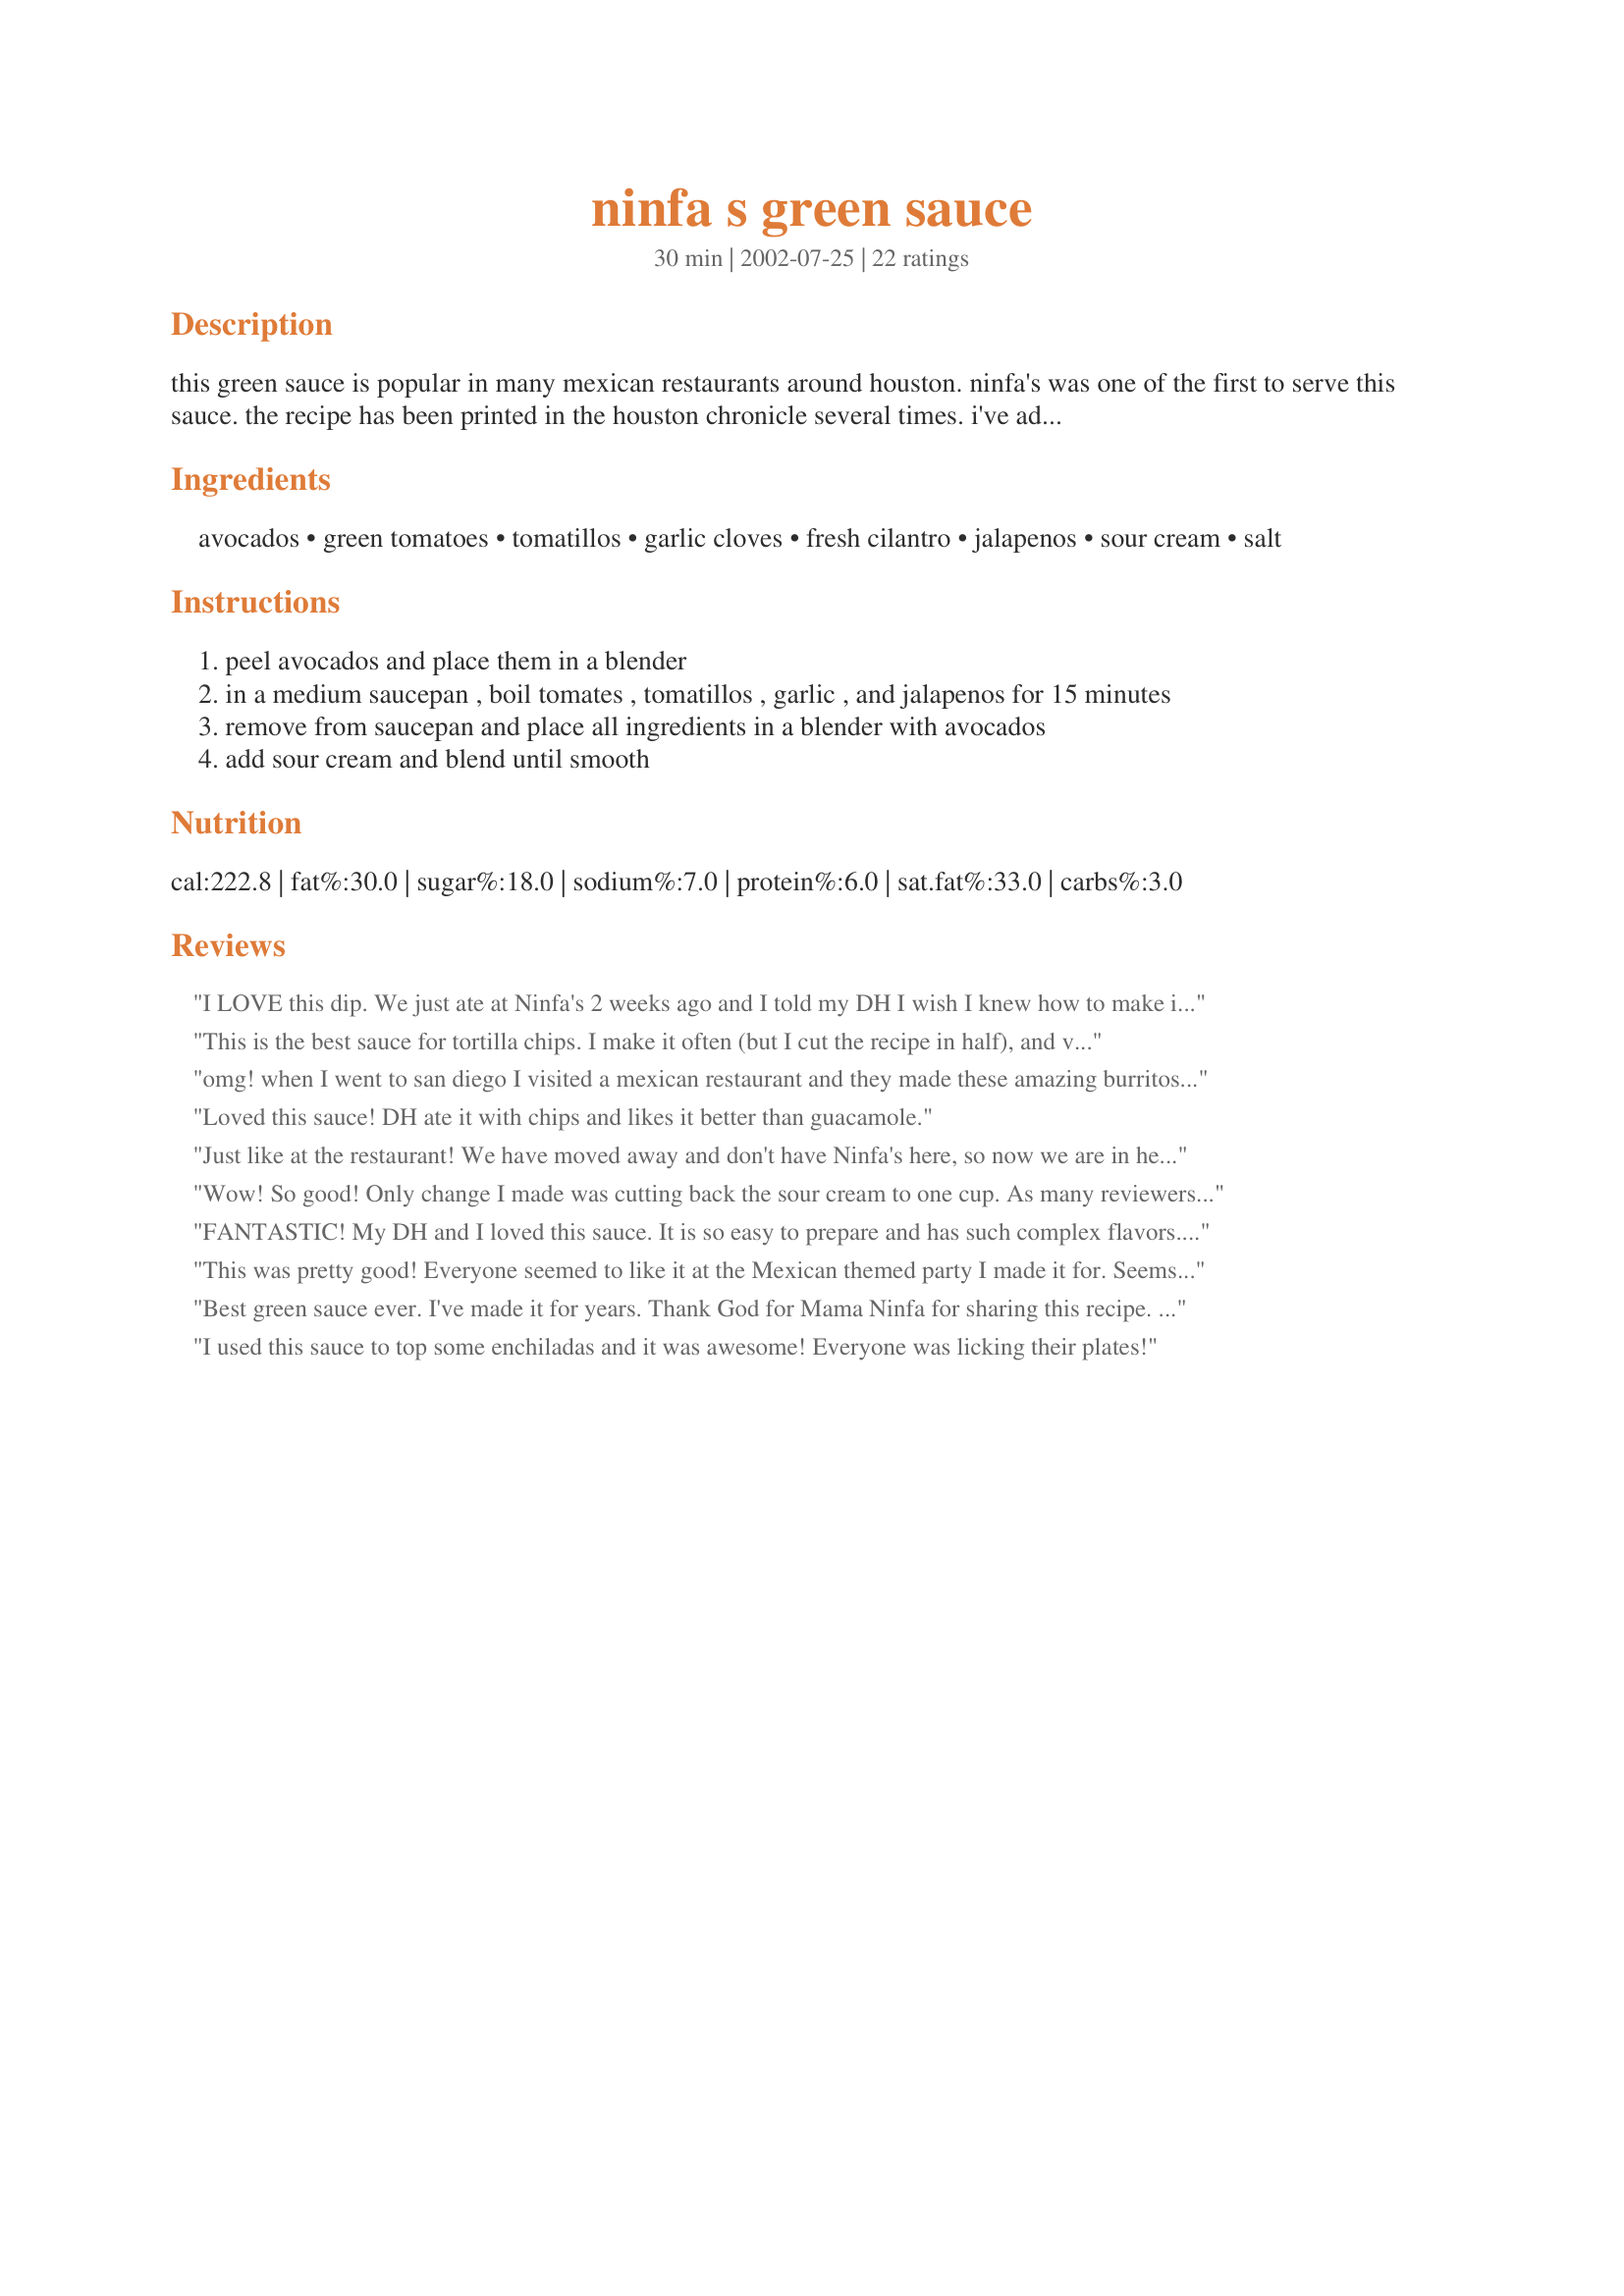
ninfa s green sauce
Preparation time: 30 minutes

this green sauce is popular in many mexican restaurants around houston. ninfa's was one of the first to serve this sauce. the recipe has been printed in the houston chronicle several times. i've adapted it slightly. mama ninfa rodriquez laurenzo opened the original ninfa's restaurant on navigation street in 1973. her food differed from the usual tex-mex restaurants in town. she seemed to achieve fame in the kitchen overnight. some of her famous guests included george bush, michael douglas, john travolta, rock hudson, and aerosmith! mama ninfa lost her battle with cancer last year, but her much loved mexican food lives on. the original ninfa's is still there, and there are several other locations here in houston as well.

Ingredients:
avocados, green tomatoes, tomatillos, garlic cloves, fresh cilantro, jalapenos, sour cream, salt

Steps:
peel avocados and place them in a blender
in a medium saucepan , boil tomates , tomatillos , garlic , and jalapenos for 15 minutes
remove from saucepan and place all ingredients in a blender with avocados
add sour cream and blend until smooth

Reviews:
I LOVE this dip. We just ate at Ninfa's 2 weeks ago and I told my DH I wish I knew how to make it. Thanks for posting!
This is the best sauce for tortilla chips. I make it often (but I cut the recipe in half), and visit Ninfa's restaurant frequently just for this sauce. You've got to try it!
omg! when I went to san diego I visited a mexican restaurant and they made these amazing burritos which had a special sauce that I didn't know how to make, and this is it! oh I'm so happy :)
I added beef peices and some lettuce to it and made the same burrito
Loved this sauce! DH ate it with chips and likes it better than guacamole.
Just like at the restaurant! We have moved away and don't have Ninfa's here, so now we are in heaven! It does make a LARGE batch, so if making it for a few people you may want to cut it in half. You can always use it as a sauce over enchiladas or even as a salad dressing the next day.
Wow! So good! Only change I made was cutting back the sour cream to one cup. As many reviewers have stated already, it does make a lot.
FANTASTIC! My DH and I loved this sauce. It is so easy to prepare and has such complex flavors. Best to prepare at least l day before serving for flavors to meld. It makes alot, but keeps well in refrigerator for 2 weeks or so. Here in Texas you can never have too many sauce/salsa recipes and this is defintely one you should add to your favorites. I guarantee you will be asked for the recipe when you serve it to others. Thanks so much for posting. It's heaven. P.S. Do not add water to saucepan (our mistake the first time) and as long as you stick with the first 3 ingredients, you can add more or less on the garlic, cilantro and jalapenos to taste for your family. We used 5 lg. cloves garlic and about 1/2 cup chopped cilantro and 1 1/2 lg. jalapeno. Bon appetite!
This was pretty good! Everyone seemed to like it at the Mexican themed party I made it for. Seems to me like it might be missing something though. Tasted too much like sour cream. Maybe a little cream cheese would help? I did a recipe similar to this before and it had cream cheese, so next time I'll try that.
Best green sauce ever. I've made it for years. Thank God for Mama Ninfa for sharing this recipe. May she rest in peace.??????????
I used this sauce to top some enchiladas and it was awesome! Everyone was licking their plates!
I made this liked it very much. I served it with chips but I really would like other ways to use this.
Oh, how I miss Ninfa's! We used to have one here in Midland, but they shut down about 6 years ago. For anyone who hasn't tried this sauce, it's a MUST TRY!
I love having this recipe!! I grew up in Houston and used to go to Ninfa's with the whole family on Friday nights. I missed the green salsa and this makes having my comfort food more easily accessable now that I live in Oregon!! This is easy to make in a food processor also.
I made this for my boyfriend, since he loves spicy dips. He ate it all in one sitting. I liked it too, even though I hate spicy things.
Thanks for bringing back a taste of home! I took some advice posted previously and used a small bottle of tomatillo salsa, 2 avocados, garlic and 1 cup sour cream. I forgot to pick up cilantro at the store and then just plain forgot the jalapenos...but I'll add both next time...and there will be a next time. Thanks for posting Kim!
Love it! Not as spicy as I remember. I can kick It up a notch. In future I will use 1/2 as much sour cream....maybe sour cream/plain yogurt mix. 5 stores and NO green tomatoes....so I used firm red. Instead of blender, I just used a stick blender after it had cooled and used a pot big enough for everything. Since the jalapenos are cooked, in a pinch I could use jar or canned ones.
How to use the leftovers? If I don't make a double recipe, I never seem to get any of it!
Seriously, this is a great recipe but tomatillos are scarce or really ugly in Ohio supermarkets. I found that my homegrown, homemade Salsa Verde works as an off-season substitute. (P.S. Tomatillos grow like wildfire here and keep for a while if picked before getting too ripe.) Just mix salsa with avocado, sour cream and cilantro - don't add salt until you taste it.
Also, just in case there are leftovers, adding lime juice to the avocado can slow the darkening and add some flavor.
This is the best! No other resturant makes it like Ninfa's! I get request for this dip all the time!
I loved this recipe, I brought the sauce to work.(we were having Taco Tues.)....Every one loved it so make it and enjoy.....
We have always loved the green sauce at Ninfa's. I am so glad to find a recipe that if it isn't it, is so close!!
This sauce is addicting so ignore the serving sizes ;)
This is a very good sauce! I'm not really able to give stars, however, since I was forced to use red tomatoes; I couldn't find green anywhere! I think it would have been much better with green tomatoes, although it was still very good without. So good, in fact, that I'll definitely make this again as soon as I can get my hands on some green! Thanks for sharing!!
I give this 5 stars, but I can't see the "stars" next to the place to make my choice, and don't want to risk picking the wrong one! 
First, I want to join with Denver Dee and ask how else can this sauce be used? It's GREAT with chips, but there's so much! I was thinking maybe over quesadillas?
What all does everyone use it with?
I FINALLY got to make this today, had to wait for some green tomatoes!
I used 1 small anaheim, 1 large jalapeno WITH seeds, and 2 large jalapenos without seeds. Also used 5 cloves of garlic, and that wasn't too much. Used about 1/4 cup loosely packed cilantro leaves. My blender was too small for this amount, next time I think I will use the processor as suggested by Andrea.
Thanks for the wonderful recipe Kim!
